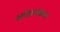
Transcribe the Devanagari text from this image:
खंडावकल